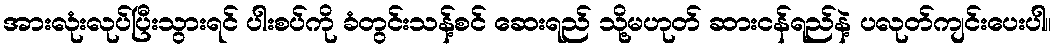
အားလုံးလုပ်ပြီးသွားရင် ပါးစပ်ကို ခံတွင်းသန့်စင် ဆေးရည် သို့မဟုတ် ဆားငန်ရည်နဲ့ ပလုတ်ကျင်းပေးပါ။